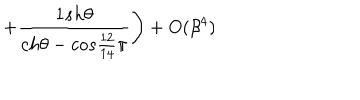
LaTeX: \left. + \frac { 1 s h \theta } { c h \theta - c o s \frac { 1 2 } { 1 4 } \pi } \right) + O ( \beta ^ { 4 } ) \hspace { 3 . 7 c m }